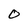
Character: O